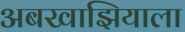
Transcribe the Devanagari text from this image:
अबखाझियाला